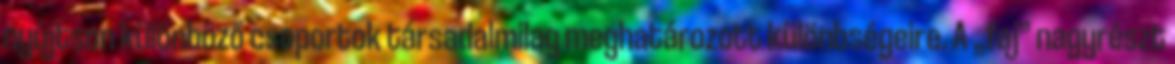
nyújtson különböző csoportok társadalmilag meghatározott különbségeire. A „faj” nagyrészt